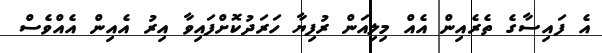
އެ ފައިސާގެ ތެރެއިން އެއް މިލިއަން ރުފިޔާ ހަރަދުކޮށްފައިވާ އިރު އެއިން އެއްވެސް